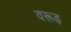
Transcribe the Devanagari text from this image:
वरूड़